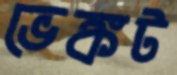
ভেঙ্কট